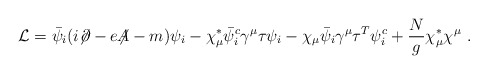
\begin{align*}{\cal L} = \bar{\psi}_i(i{\not\!\partial}-e{\not\!\!A}-m)\psi_i - \chi^*_\mu \bar{\psi}^c_i\gamma^\mu\tau\psi_i - \chi_\mu \bar{\psi}_i \gamma^\mu\tau^T \psi^c_i + \frac{N}{g} \chi^*_\mu \chi^\mu ~.\end{align*}